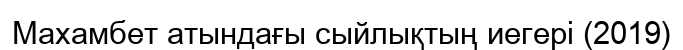
Махамбет атындағы сыйлықтың иегері (2019)